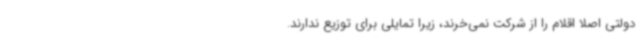
دولتی اصلا اقلام را از شرکت نمی‌خرند، زیرا تمایلی برای توزیع ندارند.